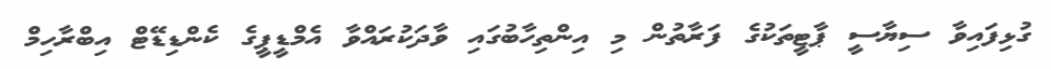
ގުޅިފައިވާ ސިޔާސީ ޕާޓީތަކުގެ ފަރާތުން މި އިންތިހާބުގައި ވާދަކުރައްވާ އެމްޑީޕީގެ ކެންޑިޑޭޓް އިބްރާހިމް